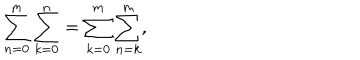
LaTeX: \sum _ { n = 0 } ^ { m } \sum _ { k = 0 } ^ { n } = \sum _ { k = 0 } ^ { m } \sum _ { n = k } ^ { m } ,